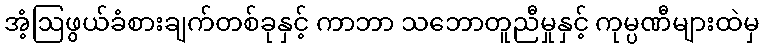
အံ့ဩဖွယ်ခံစားချက်တစ်ခုနှင့် ကာဘာ သဘောတူညီမှုနှင့် ကုမ္ပဏီများထဲမှ